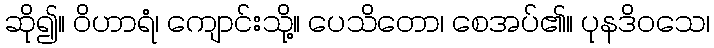
ဆို၍။ ဝိဟာရံ၊ ကျောင်းသို့။ ပေသိတော၊ စေအပ်၏။ ပုနဒိဝသေ၊